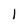
Character: 1